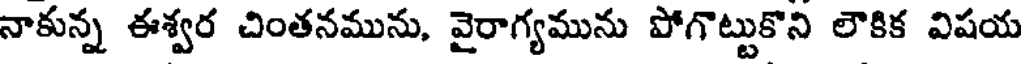
నాకున్న ఈశ్వర చింతనమును, వైరాగ్యమును పోగొట్టుకొని లౌకిక విషయ